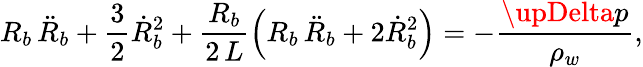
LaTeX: R_{b}\, \ddot{R}_{b}+\frac{3}{2}\dot{R}_{b}^{2}+\frac{R_{b}}{2\, L}\left(R_{b}\, \ddot{R}_{b}+2\dot{R}_{b}^{2}\right)=-\frac{\upDelta p}{\rho_{w}},